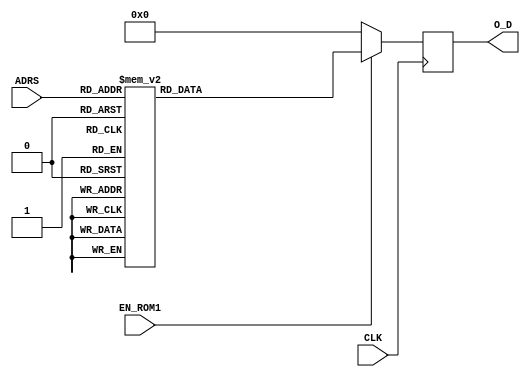
`timescale 1ns / 1ps
//////////////////////////////////////////////////////////////////////////////////
// Company: 
// Engineer: 
// 
// Design Name: 
// Module Name: LUT_Z
// Project Name: 
// Target Devices: 
// Tool Versions: 
// Description: 
// 
// Dependencies: 
// 
// Revision:
// Revision 0.01 - File Created
// Additional Comments:
// 
//////////////////////////////////////////////////////////////////////////////////


module LUT_Z#(parameter P = 32, parameter D = 5) ( 

input wire CLK, 
input wire EN_ROM1,
input wire [D-1:0] ADRS,
output reg [P-1:0] O_D
);
   
always @(posedge CLK)
      if (EN_ROM1)
         case (ADRS)
            5'b00000: O_D <= 32'b10111111101011010101000010110010;
            5'b00001: O_D <= 32'b10111111011110010001001110010101;
            5'b00010: O_D <= 32'b10111111000011001001111101010100;
            5'b00011: O_D <= 32'b10111110100000101100010101111000;
            5'b00100: O_D <= 32'b10111110000000001010110001001001;
            5'b00101: O_D <= 32'b10111101100000000010101011000100;
            5'b00110: O_D <= 32'b10111101100000000010101011000100;
            5'b00111: O_D <= 32'b10111101000000000000101010101100;
            5'b01000: O_D <= 32'b10111100100000000000001010101010;         
            5'b01001: O_D <= 32'b10111100000000000000000010101100;
            5'b01010: O_D <= 32'b10111011100000000000000000101011;
            5'b01011: O_D <= 32'b10111010110111100011010100111011;
            5'b01100: O_D <= 32'b10111010011111111111111111110111;    
            5'b01101: O_D <= 32'b10111010000000000000000000000011;
            5'b01110: O_D <= 32'b10111001011111111111111111010101;
            5'b01111: O_D <= 32'b10111000111111111111111111010101;
            5'b10000: O_D <= 32'b10111000111111111111111111010101;
            5'b10001: O_D <= 32'b10111000100000000000000000000000;
            5'b10010: O_D <= 32'b10111000100000000000001010011010;
            5'b10011: O_D <= 32'b10111000100000000000001010011010;
            5'b10100: O_D <= 32'b10111000000000000000001010011010;
            5'b10101: O_D <= 32'b10110111100000000000001010011010;
            5'b10110: O_D <= 32'b10110111100000000000001010011010;
            5'b10111: O_D <= 32'b10110111000000000000001010011010;
            5'b11000: O_D <= 32'b10110110011111111010111101001101;
            5'b11001: O_D <= 32'b10110110011111111010111101001101;  
            5'b11010: O_D <= 32'b10110100000000000000000000000000;
            5'b11011: O_D <= 32'b10110011100000000000000000000000;
            5'b11100: O_D <= 32'b10110011000000000000000000000000;
            5'b11101: O_D <= 32'b10110010100000000000000000000000;
            5'b11110: O_D <= 32'b10110010000000000000000000000000;
            5'b11111: O_D <= 32'b10110001100000000000000000000000;
            default:  O_D <= 32'b00000000000000000000000000000000;
         endcase	 
         
        else
            O_D <= 32'b00000000000000000000000000000000;
         
endmodule